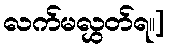
လက်မလွှတ်ရ။]